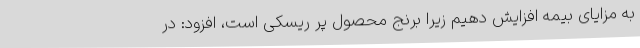
به مزایای بیمه افزایش دهیم زیرا برنج محصول پر ریسکی است، افزود: در